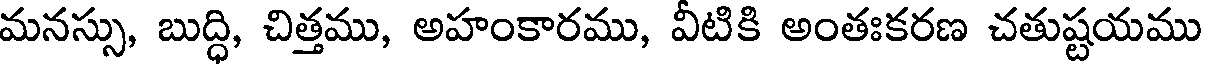
మనస్సు, బుద్ధి, చిత్తము, అహంకారము, వీటికి అంతఃకరణ చతుష్టయము